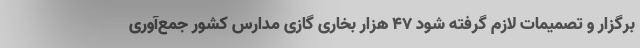
برگزار و تصمیمات لازم گرفته شود ۴۷ هزار بخاری گازی مدارس کشور جمع‌آوری